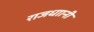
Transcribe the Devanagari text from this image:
राजधाानी